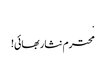
.
محترم نثار بھائی!